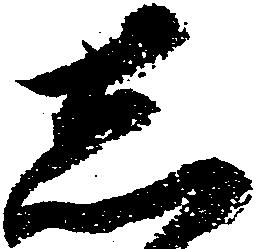
し